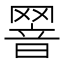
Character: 𦋫